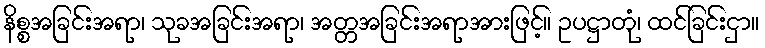
နိစ္စအခြင်းအရာ၊ သုခအခြင်းအရာ၊ အတ္တအခြင်းအရာအားဖြင့်။ ဥပဋ္ဌာတုံ၊ ထင်ခြင်းငှာ။